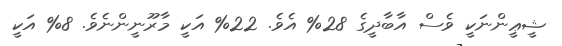
ޝީޢީންނަކީ ވެސް އާބާދީގެ 28% އެވެ. 22% އަކީ މާރޫނީންނެވެ. 8% އަކީ